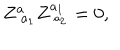
Z _ { \; a _ { 1 } } ^ { a } Z _ { \; _ { a _ { 2 } } } ^ { a _ { 1 } } = 0 ,